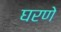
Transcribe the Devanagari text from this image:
घरणे